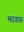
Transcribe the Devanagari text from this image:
भदवास